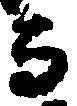
而